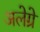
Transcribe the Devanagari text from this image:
अलेग्रे